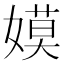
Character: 嫫